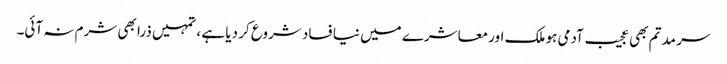
سر مد تم بھی عجیب آدمی ہو ملک اور معاشرے میں نیا فساد شروع کر دیا ہے ، تمہیں ذرا بھی شرم نہ آئی۔